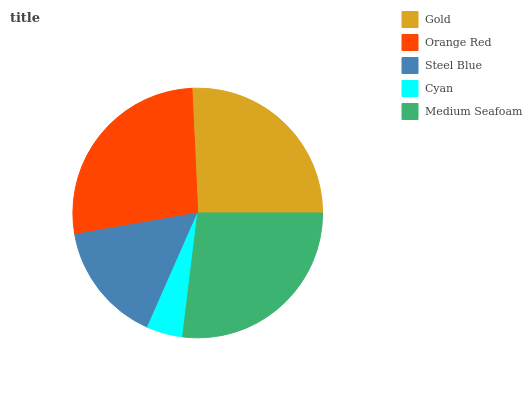
| Gold | Orange Red | Steel Blue | Cyan | Medium Seafoam |
 | --- | --- | --- | --- | --- |
 | 25.8% | 27% | 15.6% | 4.66% | 26.9% |